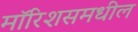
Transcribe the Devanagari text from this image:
मॉरिशसमधील